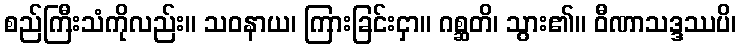
စည်ကြီးသံကိုလည်း။ သဝနာယ၊ ကြားခြင်းငှာ။ ဂစ္ဆတိ၊ သွား၏။ ဝီဏာသဒ္ဒဿပိ၊